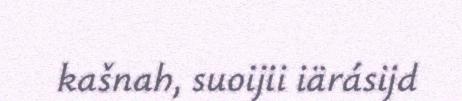
kašnah, suoijii iärásijd